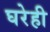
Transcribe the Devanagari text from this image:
घरेही